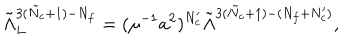
LaTeX: \tilde { \Lambda } _ { L } ^ { 3 ( \tilde { N } _ { c } + 1 ) - N _ { f } } = ( \mu ^ { - 1 } a ^ { 2 } ) ^ { N _ { c } ^ { \prime } } \tilde { \Lambda } ^ { 3 ( \tilde { N } _ { c } + 1 ) - ( N _ { f } + N _ { c } ^ { \prime } ) } ,